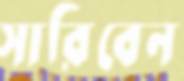
সারিবেন